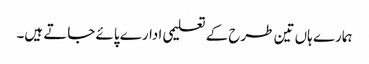
ہمارے ہاں تین طرح کے تعلیمی ادارے پائے جاتے ہیں۔